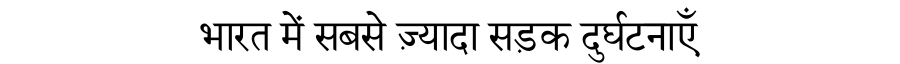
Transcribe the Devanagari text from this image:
भारत में सबसे ज़्यादा सड़क दुर्घटनाएँ